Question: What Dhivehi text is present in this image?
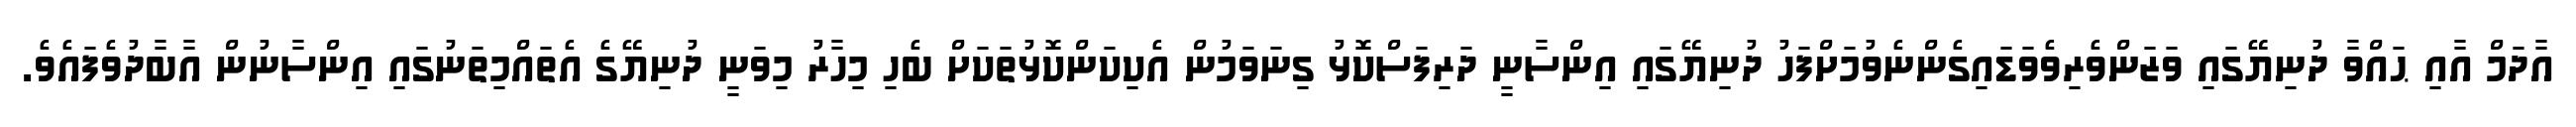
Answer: އާދަމް އާއި ޙައްވާ ދުނިޔޭގައި ވަޒަންވެރިވެވަޑައިގެންނެވުމަށްފަހު ދުނިޔޭގައި އިންސާނީ ދަރިފަސްކޮޅު ގިނަވަމުން އެކިކަންކޮޅުތަކަށް ބެހި މިހާރު މިވަނީ ދުނިޔޭގެ އެތައްމިތަނުގައި އިންސާނުން އާބާދުވެފައެވެ.